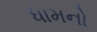
ધામનો